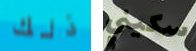
ذلك سكيني